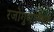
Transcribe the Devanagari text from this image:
रजोगुणात्मक